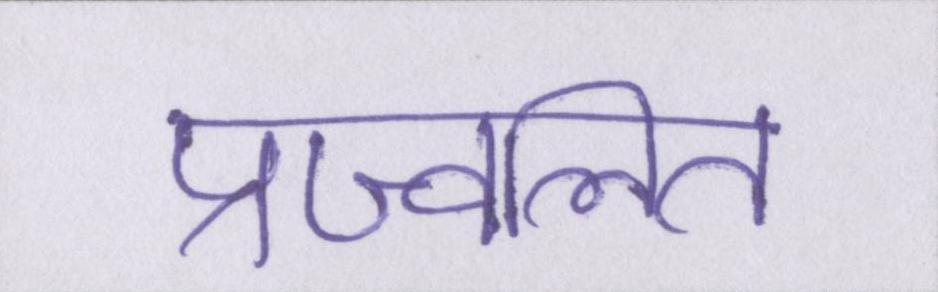
प्रज्वलित